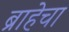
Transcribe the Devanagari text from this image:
ब्राहेचा